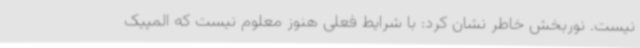
نیست. نوربخش خاطر نشان کرد: با شرایط فعلی هنوز معلوم نیست که المپیک